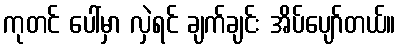
ကုတင် ပေါ်မှာ လှဲရင် ချက်ချင်း အိပ်ပျော်တယ်။